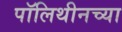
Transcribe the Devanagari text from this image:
पॉलिथीनच्या